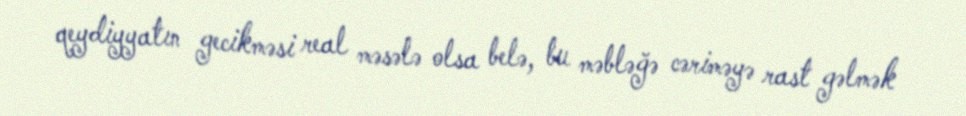
qeydiyyatın gecikməsi real məsələ olsa belə, bu məbləğə cəriməyə rast gəlmək